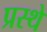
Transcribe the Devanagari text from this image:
प्रस्थे